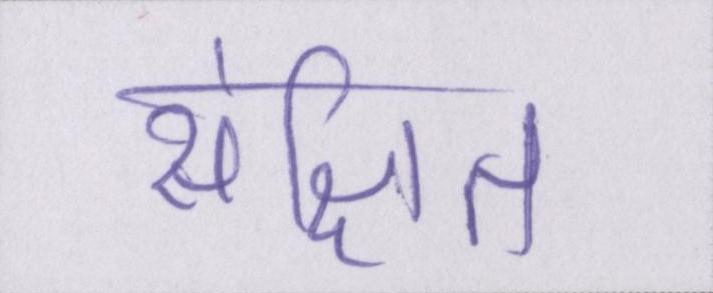
संक्षित